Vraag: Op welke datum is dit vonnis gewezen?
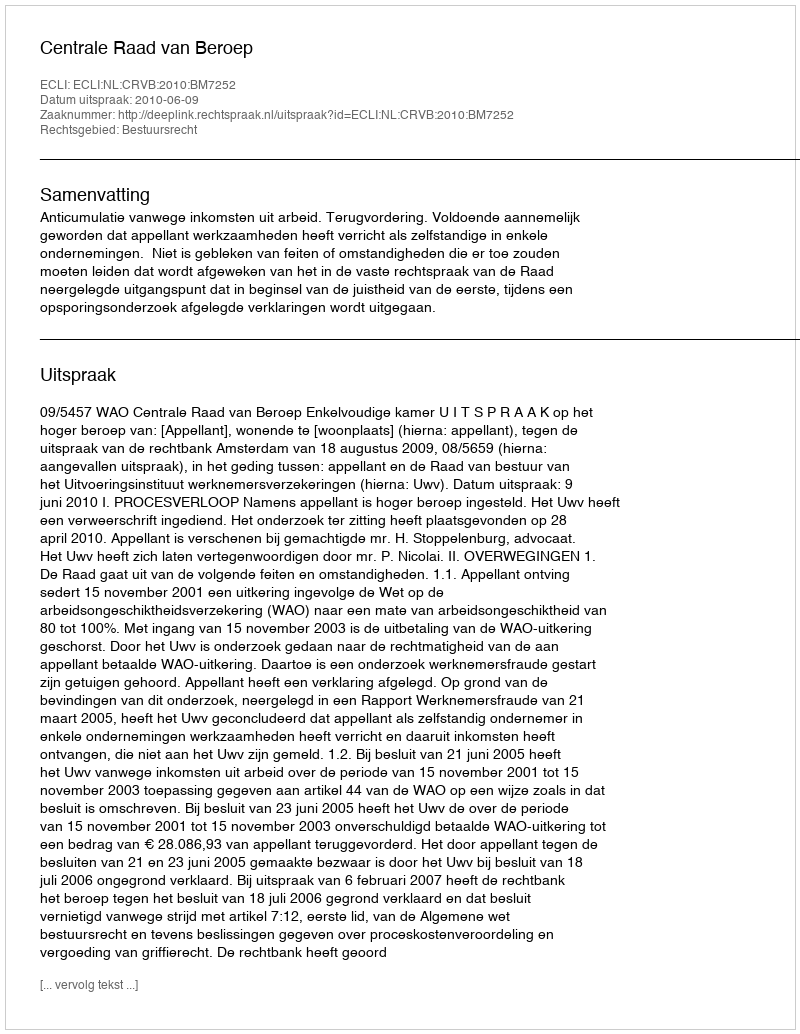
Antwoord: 2010-06-09